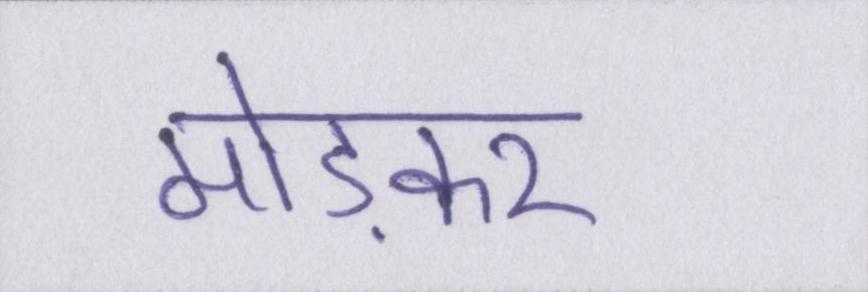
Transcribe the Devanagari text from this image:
मोड़कर